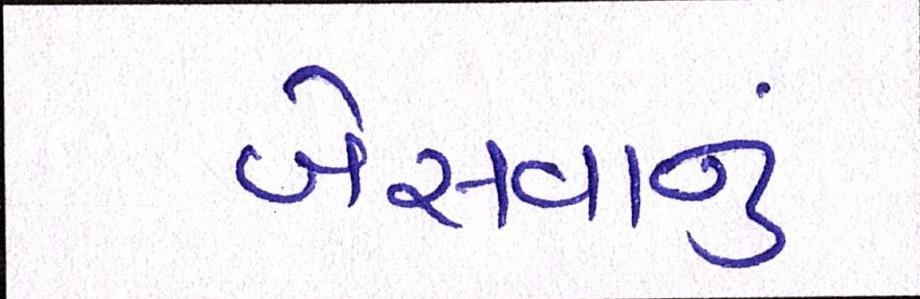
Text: બેસવાનું